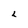
Character: L